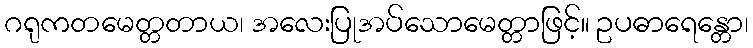
ဂရုကတမေတ္တတာယ၊ အလေးပြုအပ်သောမေတ္တာဖြင့်။ ဥပဓာရေန္တော၊